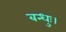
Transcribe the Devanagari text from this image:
बन्धुः।